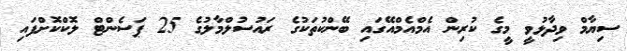
ސިޔާމް ވިދާޅުވީ މީގެ ކުރިން އެމްއެމްއޭގައި ބޭންކުތަކުގެ ރައުސުލްމާލުގެ 25 ޕަސެންޓް ލޮކްކޮށްފައި